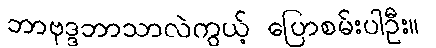
ဘာဗုဒ္ဒဘာသာလဲကွယ့် ပြောစမ်းပါဦး။